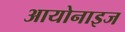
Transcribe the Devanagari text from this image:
आयोनाइज